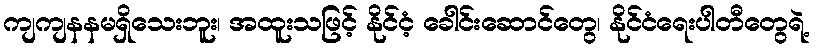
ကျကျနနမရှိသေးဘူး၊ အထူးသဖြင့် နိုင်ငံ့ ခေါင်းဆောင်တွေ၊ နိုင်ငံရေးပါတီတွေရဲ့